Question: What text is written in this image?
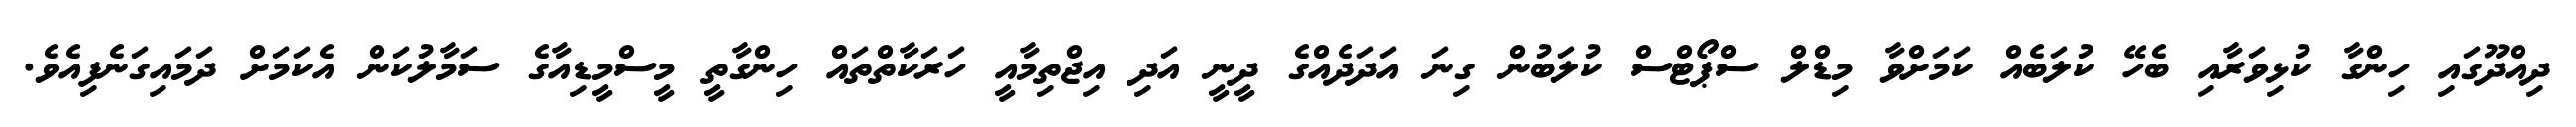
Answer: ދިއްދޫގައި ހިންގާ ކުޅިވަރާއި ބެހޭ ކުލަބެއް ކަމަށްވާ މިޑްލް ސްޕޯޓްސް ކުލަބުން ގިނަ އަދަދެއްގެ ދީނީ އަދި އިޖްތިމާއީ ހަރަކާތްތައް ހިންގާތީ މީސްމީޑިއާގެ ސަމާލުކަން އެކަމަށް ދަމައިގަނެފިއެވެ.